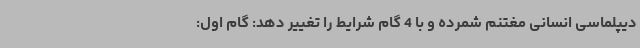
دیپلماسی انسانی مغتنم شمرده و با 4 گام شرایط را تغییر دهد: گام اول: